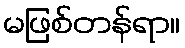
မဖြစ်တန်ရာ။